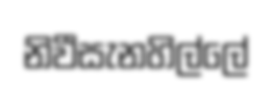
නිවීසැනහිල්ලේ